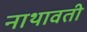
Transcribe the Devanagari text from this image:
नाथावती